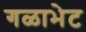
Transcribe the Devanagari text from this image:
गळाभेट